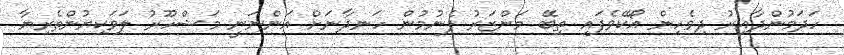
ހަދަމުންދާއިރު ދިވެހިން އޯކޭވެފައި ތިބޭ މަންޒަރު ފެނުމުން ހަނދާނަށް އަންނަނީ މަޝްހޫރު ލަވަކިޔުންތެރިޔާ